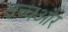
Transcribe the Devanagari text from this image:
उच्चऔर